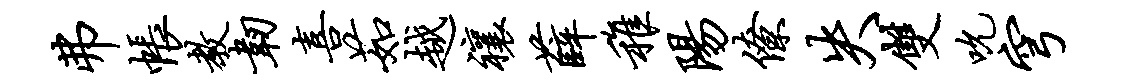
弗帐教韧喜茹越禳薛稚阳僚失双吮穹